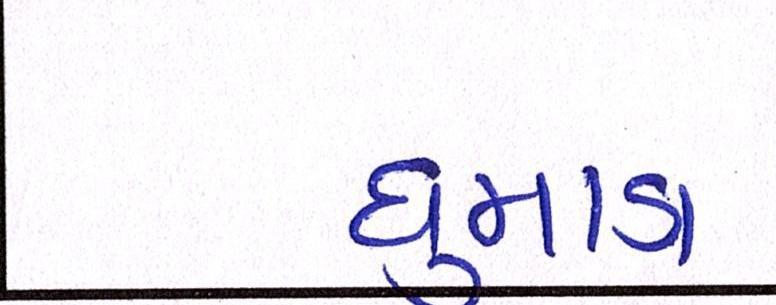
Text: ધુમાડા